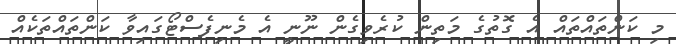
މި ކަންތައްތައް އެ ގޮތުގެ މަތިން ކުރެވިގެން ނޫނީ އެ މެނިފެސްޓޯގައިވާ ކަންތައްތަކެއް